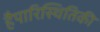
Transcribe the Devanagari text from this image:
हैपारिस्थितिकी